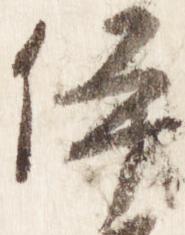
伊